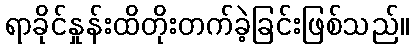
ရာခိုင်နှုန်းထိတိုးတက်ခဲ့ခြင်းဖြစ်သည်။